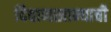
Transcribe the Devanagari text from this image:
दिवाणखान्याची